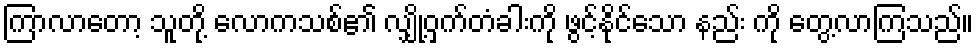
ကြာလာတော့ သူတို့ လောကသစ်၏ လျှို့ဝှက်တံခါးကို ဖွင့်နိုင်သော နည်း ကို တွေ့လာကြသည်။